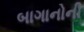
બાગાનોની